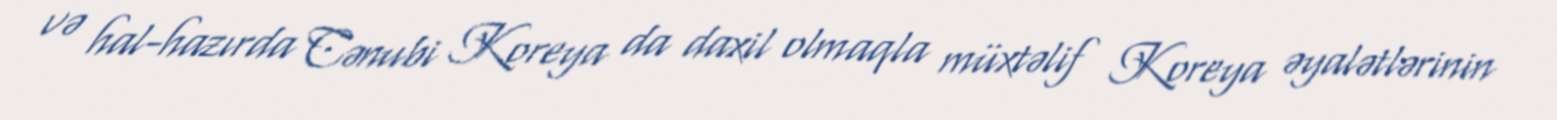
və hal-hazırda Cənubi Koreya da daxil olmaqla müxtəlif Koreya əyalətlərinin